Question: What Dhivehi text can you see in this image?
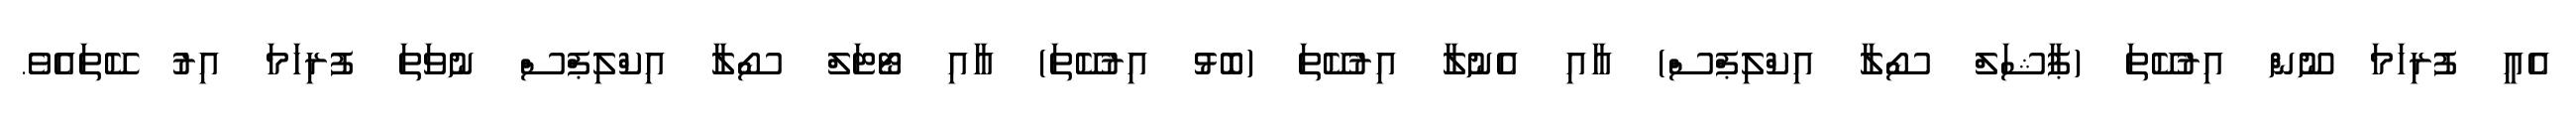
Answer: އެއީ ފުރިހަމަ ނޫން އިރުކޭތަ (ޕާޝަލް ސޯލާ އިކްލިޕްސް) އާއި އެނުލާ އިރުކޭތަ (ބޮޅު އިރުކޭތަ) އާއި ޓޯޓަލް ސޯލާ އިކްލިޕްސް ނުވަތަ ފުރިހަމަ އިރު ކޭތައެވެ.